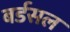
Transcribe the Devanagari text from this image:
बर्डसल